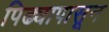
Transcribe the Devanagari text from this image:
पिढ्यापासून